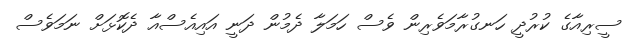
ސީރިއާގެ ކުރުދީ ހަނގުރާމަވެރިން ވެސް ހަމަލާ ދެމުން ދަނީ އައިއެސްއާ ދެކޮޅަށް ނަމަވެސް